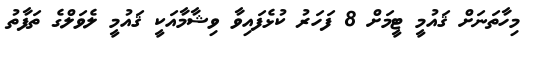
މިހާތަނަށް ޤައުމީ ޓީމަށް 8 ފަހަރު ކުޅެފައިވާ ވިޝާމާއަކީ ޤައުމީ ލެވަލްގެ ތަފާތު